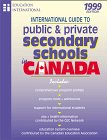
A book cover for International Guide to Public & Private Secondary School Programs in Canada 1999: Includes Comprehensive Program Profiles, Program Costs + Admissions, ... and Private Secondary Schools in Canada); Test Preparation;